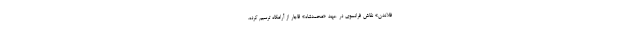
فلاندن» نقاش فرانسوی در عهد «محمدشاه» قاجار از آرامگاه ترسیم کرده.